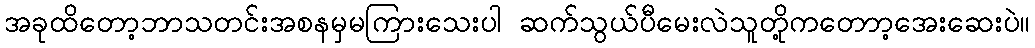
အခုထိတော့ဘာသတင်းအစနမှမကြားသေးပါ ဆက်သွယ်ပီမေးလဲသူတို့ကတောာ့အေးဆေးပဲ။